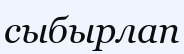
сыбырлап